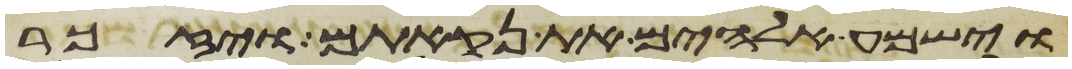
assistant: וישמע אלהים את נקאתם ויזכר